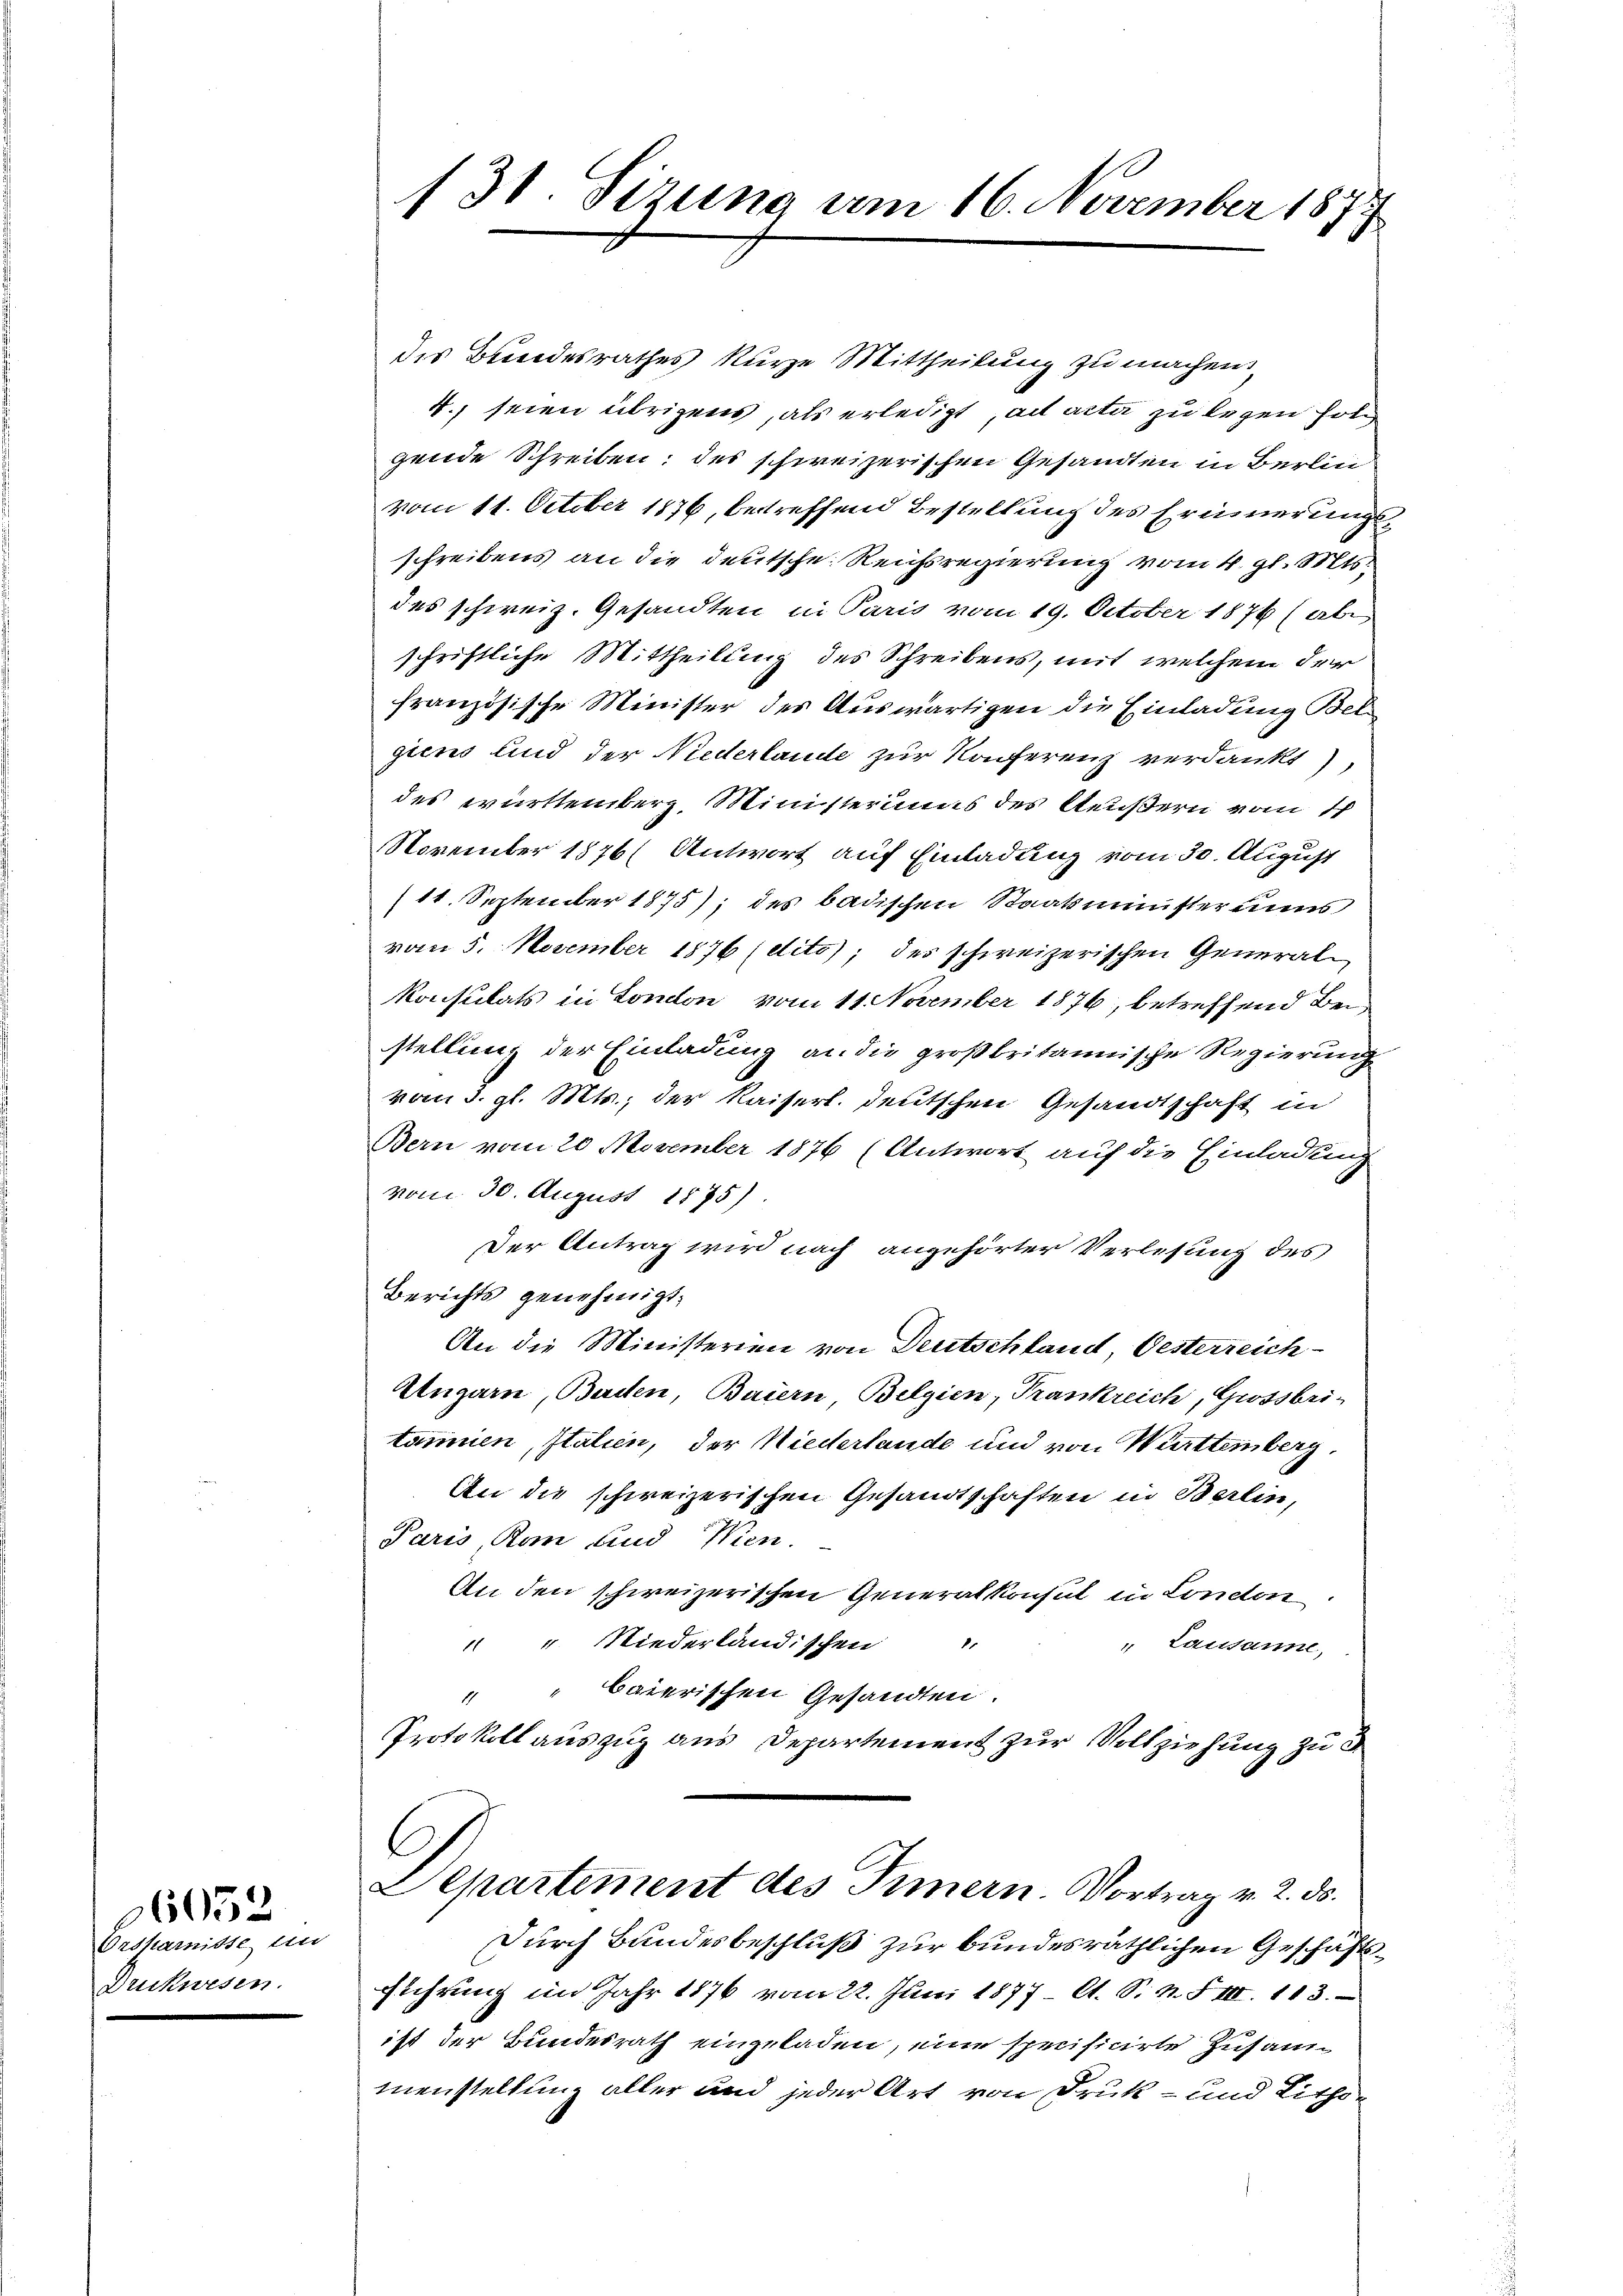
66052
Orsstamnisse in
Duchwesen.

131. Sizung vom 16. November 1877
5

des Bundesrathes kurze Mittheilung zu machen,
4. seien übrigens, als erledigt, ad acta zu legen Hot
gende Schreiben; des schweizerischen Gesandten in Berlin
vom 11. October 1876, betreffend Bestellung des Erinnerungsschreibens an die deutsche Reichsregierung vom 4. gl. Mts.
des schweiz. Gesandten in Paris vom 19. October 1876 (aber
schriftliche Mittheilung des Schreibens, mit welchem der
französische Minister des Auswärtigen die Einladung Bet
giens und der Niederlande zur Konferenz verdankt
des württemberg, Ministeriums des Aeußern vom 1
November 1876, Antwort auf Einladung vom 30. August
11. September 1875); des badischen Staatsminister uns
von 5. November 1876 (dits); des schweizerischen General¬
Konsulats in London vom 11. November 1876, betreffend Bei
stellung der Einladung an die großbritannische Regierung
vom 3. gl. Mts., der Kaiserl. deutschen Gesandtschaft in
Bern vom 20 November 1876 (Antwort auf die Einladung
vom 30. August 1875).
Der Antrag wird nach angehörter Verlesung des
Berichts genehmigt.
An die Ministerien von Deutschland Oesterreich
Augarn, Baden, Baiern, Belgien, Trankreich, Grossbri-
tammen, Italien, der Niederlande und von Württemberg,
An die schweizerischen Gesandtschaften in Berlin,
Paris, Ran und Wien.
An den schweizerischen Generalkonsul in London
 " Niederländischen
" Lausanne,
" " Baierischen Gesandten.
Protokoll auszug aus Departement zur Vollziehung zu 3
Separtement des Innern. Vortrag v. 2. ds.
Durch Bundesbeschluß zur bundesräthlichen Geschäftsführung im Jahr 1876 vom 22. Juni 1877 lt. S. N. F. III. 113.
ist der Bundesrath eingeladen, eine specificirte Zusammenstellung aller und jeder Art von Druk- und Lithon